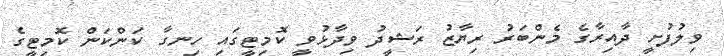
ވިލުފުށީ ދާއިރާގެ މެންބަރު ރިޔާޒު ރަޝީދު ވިދާޅުވީ ކޮމިޓީގައި ހިނގާ ކަންކަން ކޮމިޓީގެ